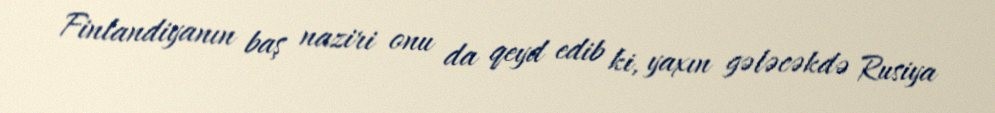
Finlandiyanın baş naziri onu da qeyd edib ki, yaxın gələcəkdə Rusiya